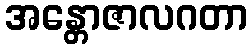
အန္တောဇာလဂတာ